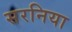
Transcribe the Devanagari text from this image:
सरनिया